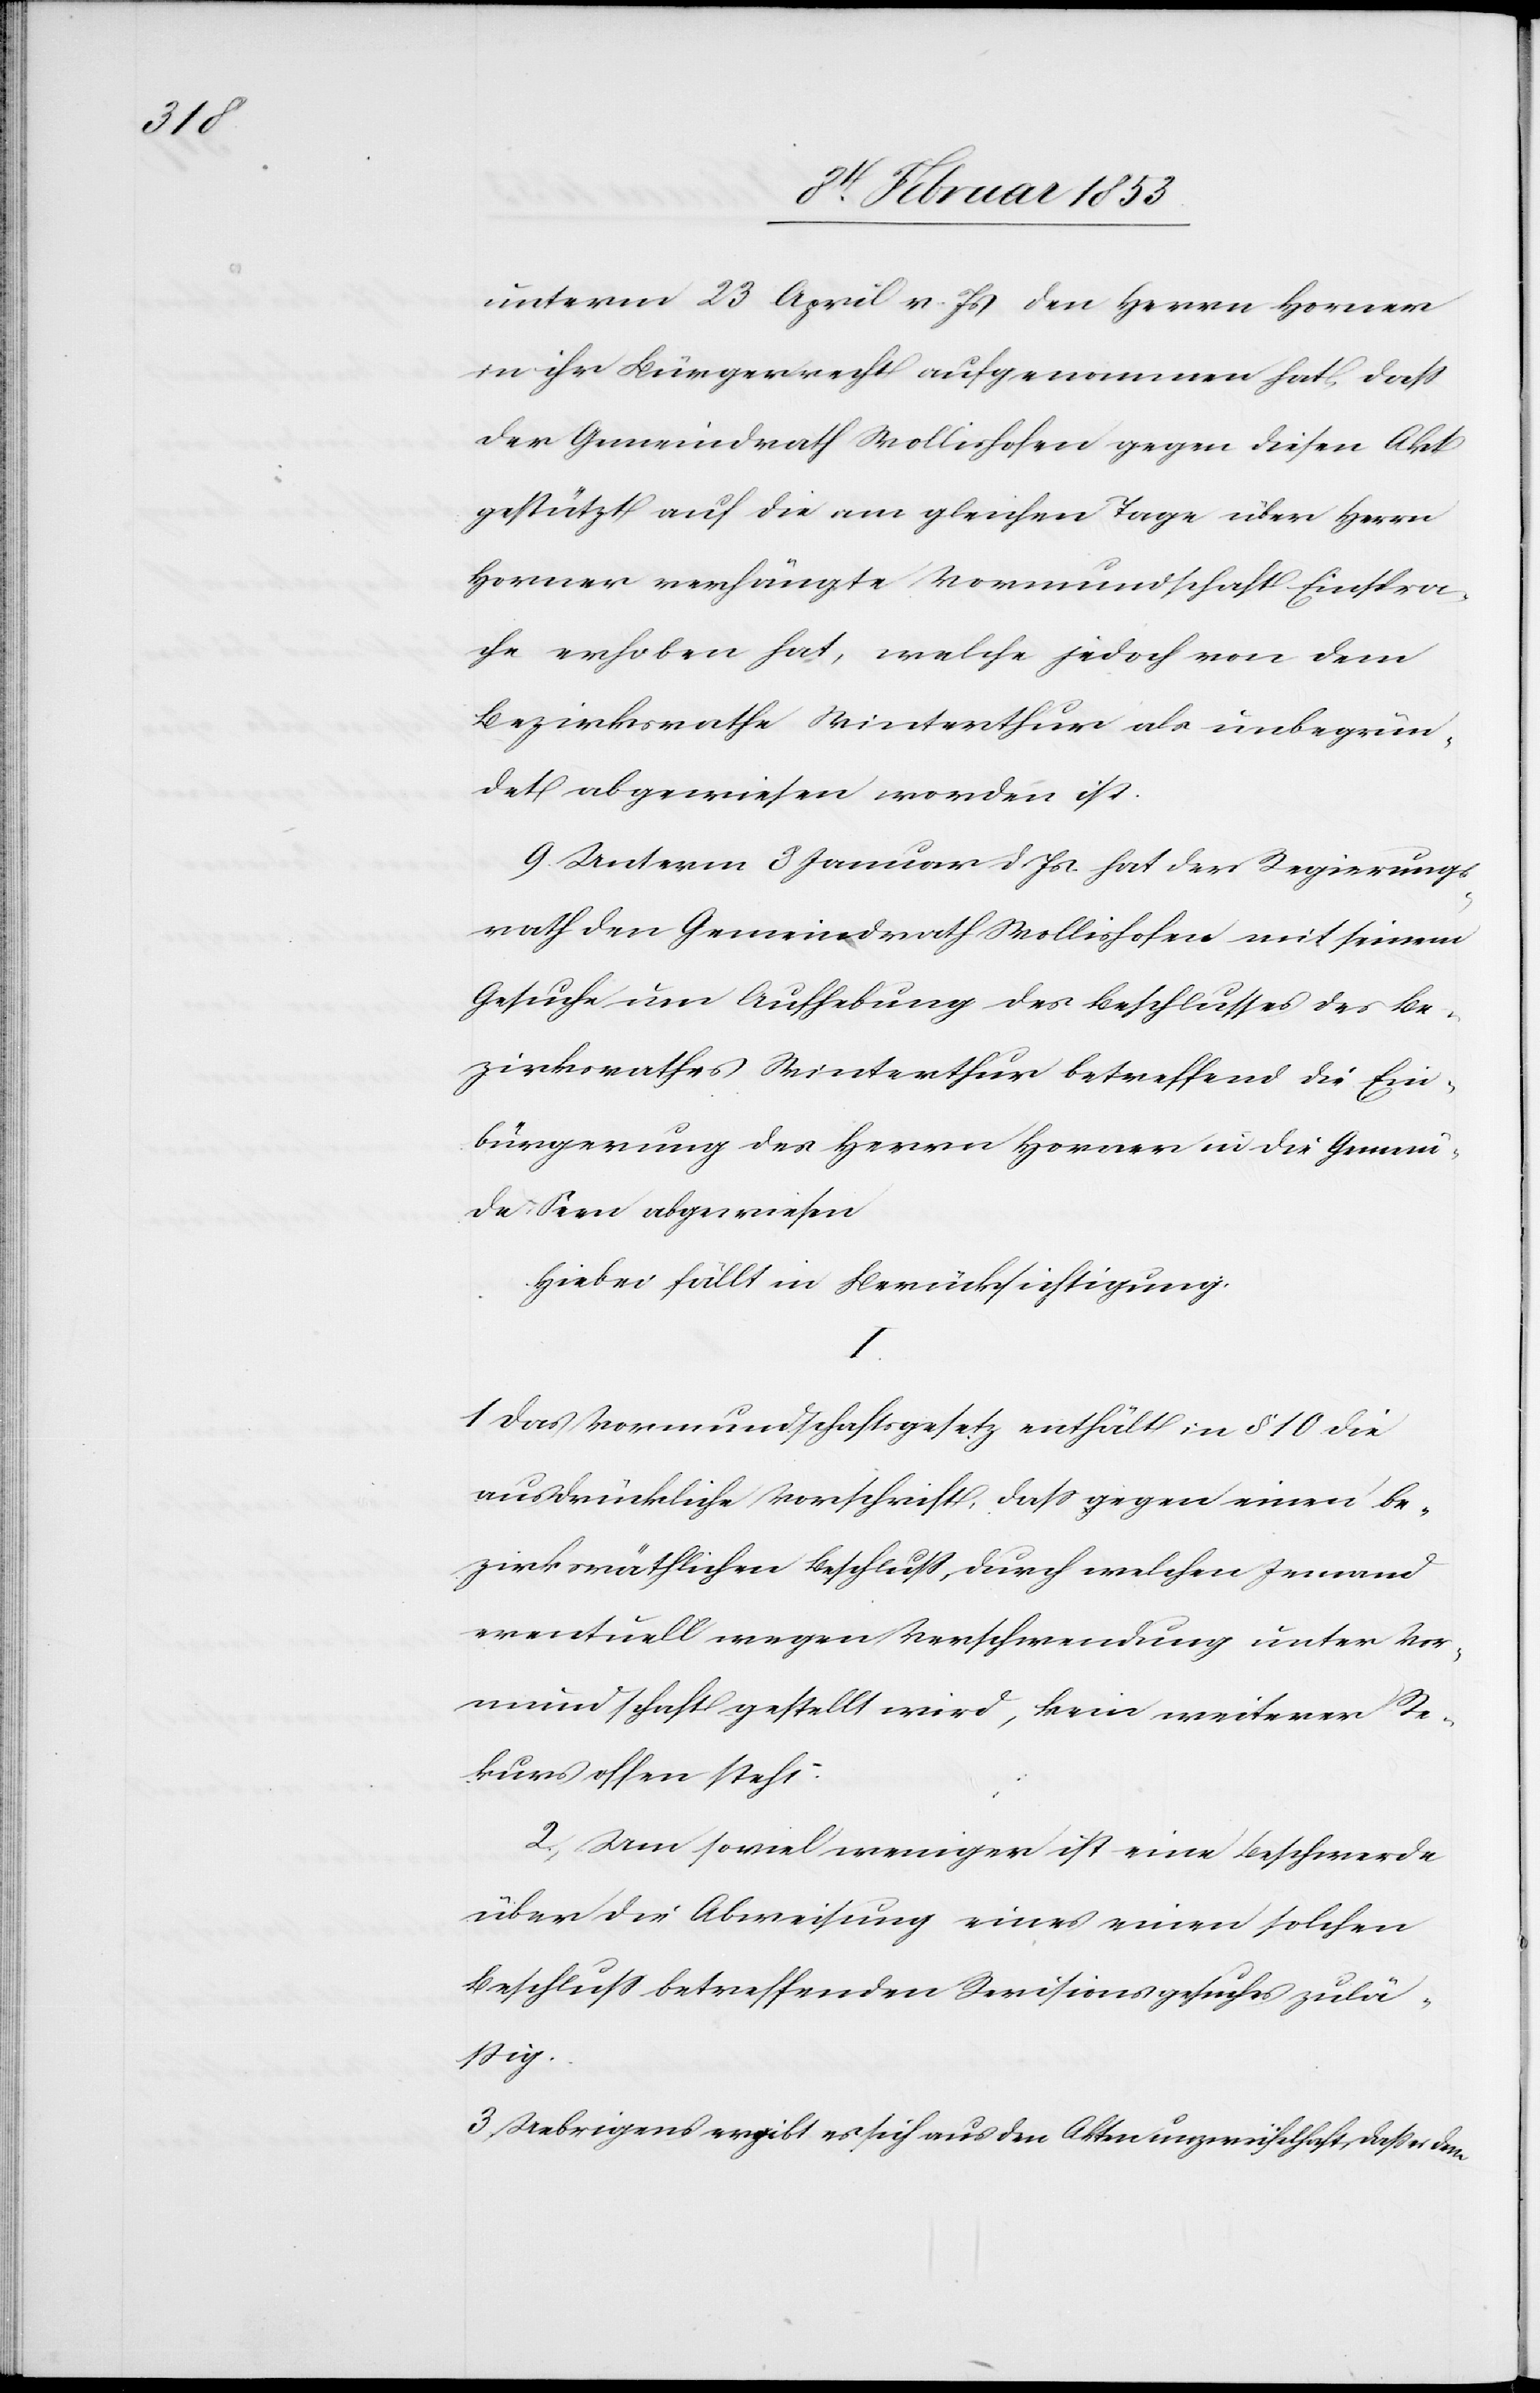
unterm 23 April v. Js. den Herrn Horner
in ihr Bürgerrecht aufgenommen hat, daß
der Gemeindrath Wollishofen gegen diesen Akt
gestützt auf die am gleichen Tage über Herrn
Horner verhängte Vormundschaft Einspra¬
che erhoben hat, welche jedoch von dem
Bezirksrathe Winterthur als unbegrün¬
det abgewiesen worden ist.
9, Unterm 8 Januar d. Js. hat der Regierungs¬
rath den Gemeindrath Wollishofen mit seinem
Gesuche um Aufhebung des Beschlusses des Be¬
zirksrathes Winterthur betreffend die Ein¬
bürgerung des Herrn Horner in die Gemein¬
de Seen abgewiesen
Hiebei fällt in Berücksichtigung:
I.
1 Das Vormundschaftsgesetz enthält in § 10 die
ausdrückliche Vorschrift, daß gegen einen be¬
zirksräthlichen Beschluß, durch welchen Jemand
eventuell wegen Verschwendung unter Vor¬
mundschaft gestellt wird, kein weiterer Re¬
kurs offen steht:
2, Um soviel weniger ist eine Beschwerde
über die Abweisung eines einen solchen
Beschluß betreffenden Revisionsgesuches zulä¬
ßig.
3 Uebrigens ergibt sich aus den Akten unzweifelhaft, daß es dem